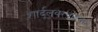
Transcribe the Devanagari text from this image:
शार्दूलवरवाहना।